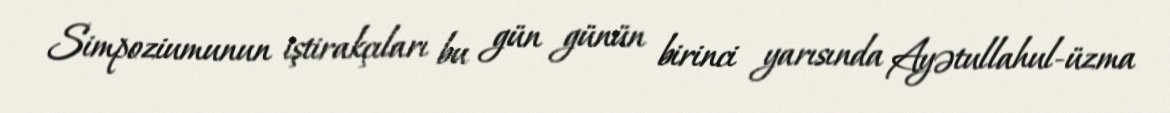
Simpoziumunun iştirakçıları bu gün günün birinci yarısında Ayətullahul-üzma